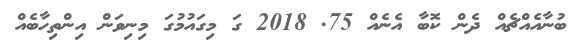
ބުނާއެއްޗެއް ދެން ކޮބާ އެނެއް 75. 2018 ގަ މިގައުމުގަ މިނިވަން އިންތިހާބެއް